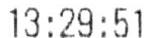
13:29:51